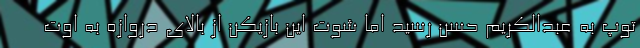
توپ به عبدالکریم حسن رسید اما شوت این بازیکن از بالای دروازه به اوت